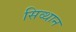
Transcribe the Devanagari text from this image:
सिव्थान